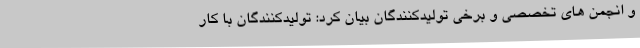
و انجمن های تخصصی و برخی تولیدکنندگان بیان کرد: تولیدکنندگان با کار